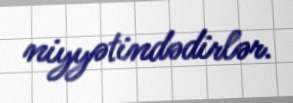
niyyətindədirlər.